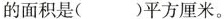
的面积是()平方厘米。